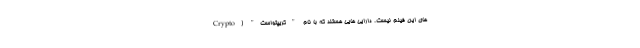
های این فیلم نیست. دارایی هایی هستند که با نام "کریپتواست" (Crypto